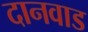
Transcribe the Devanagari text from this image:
दानवाड